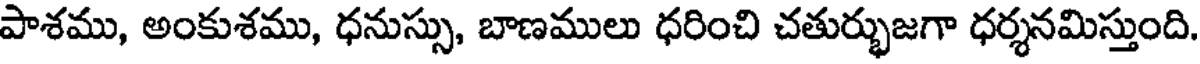
పాశము, అంకుశము, ధనుస్సు, బాణములు ధరించి చతుర్భుజగా ధర్శనమిస్తుంది